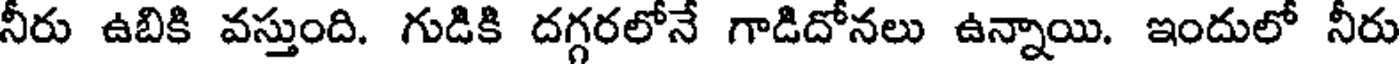
నీరు ఉబికి వస్తుంది. గుడికి దగ్గరలోనే గాడిదోనలు ఉన్నాయి. ఇందులో నీరు